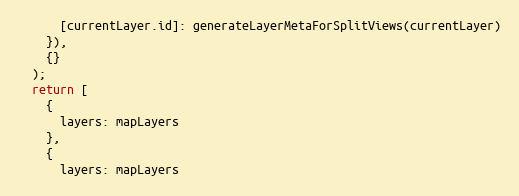
Language: JavaScript
      [currentLayer.id]: generateLayerMetaForSplitViews(currentLayer)
    }),
    {}
  );
  return [
    {
      layers: mapLayers
    },
    {
      layers: mapLayers